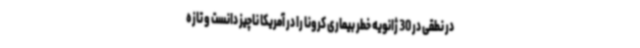
در نطقی در 30 ژانویه خطر بیماری کرونا را در آمریکا ناچیز دانست و تازه